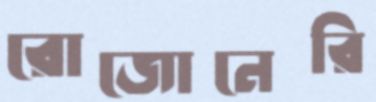
রোজোনেরি